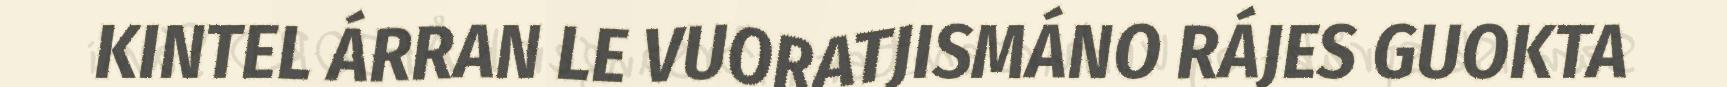
KINTEL ÁRRAN LE VUORATJISMÁNO RÁJES GUOKTA